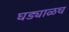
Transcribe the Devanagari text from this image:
घड्याळच